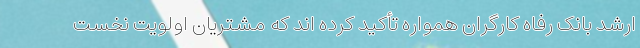
ارشد بانک رفاه کارگران همواره تأکید کرده اند که مشتریان اولویت نخست